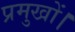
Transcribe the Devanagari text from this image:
प्रमुखों।